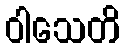
ဝါသေတိ